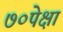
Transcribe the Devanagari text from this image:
७०पेक्षा